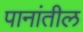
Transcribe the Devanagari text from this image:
पानांतील